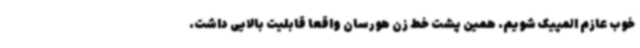
خوب عازم المپیک شویم. همین پشت خط زن هورسان واقعا قابلیت بالایی داشت.